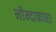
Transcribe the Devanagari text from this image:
नीन्दाकारा